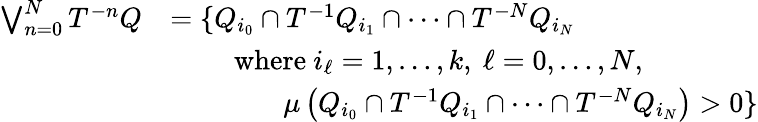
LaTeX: {\begin{array}{rl}{\bigvee_{n=0}^{N}T^{-n}Q}&{=\{ Q_{i_{0}}\cap T^{-1}Q_{i_{1}}\cap\cdots\cap T^{-N}Q_{i_{N}}}\\ &{\qquad{\mathrm{~where~}}i_{\ell}=1,\ldots,k,\ \ell=0,\ldots,N,\ }\\ &{\qquad\qquad\mu\left(Q_{i_{0}}\cap T^{-1}Q_{i_{1}}\cap\cdots\cap T^{-N}Q_{i_{N}}\right)>0\} }\end{array}}